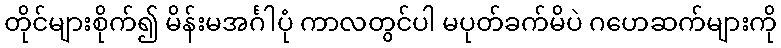
တိုင်များစိုက်၍ မိန်းမအင်္ဂါပုံ ကာလတွင်ပါ မပုတ်ခက်မိပဲ ဂဟေဆက်များကို